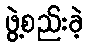
ဖွဲ့စည်းခဲ့